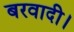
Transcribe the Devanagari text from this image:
बरवादी।